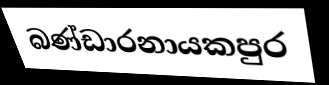
බණ්ඩාරනායකපුර